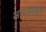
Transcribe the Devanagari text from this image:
अलायपयुथे